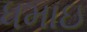
ધમાઇ